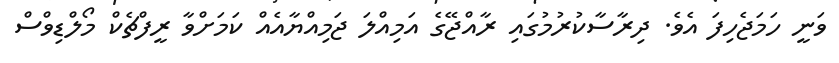
ވަނީ ހަމަޖެހިފަ އެވެ. ދިރާސާކުރުމުގައި ރާއްޖޭގެ އަމިއްލަ ޖަމިއްޔާއެއް ކަމަށްވާ ރީފްޗެކް މޯލްޑިވްސް